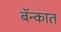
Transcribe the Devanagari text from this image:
बॅन्कात